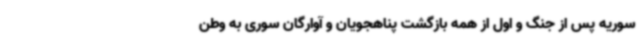
سوریه پس از جنگ و اول از همه بازگشت پناهجویان و آوارگان سوری به وطن